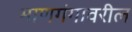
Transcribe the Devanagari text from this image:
माणगंगावरील